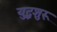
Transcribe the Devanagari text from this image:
युद्धशुरू